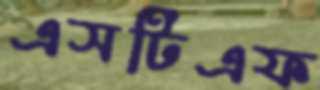
এসটিএফ